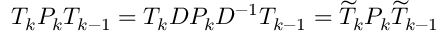
T _ { k } P _ { k } T _ { k - 1 } = T _ { k } D P _ { k } D ^ { - 1 } T _ { k - 1 } = \widetilde { T } _ { k } P _ { k } \widetilde { T } _ { k - 1 }